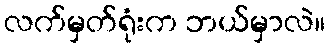
လက်မှတ်ရုံးက ဘယ်မှာလဲ။